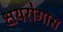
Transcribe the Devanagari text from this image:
क्षयरोगास